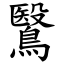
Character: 鷖